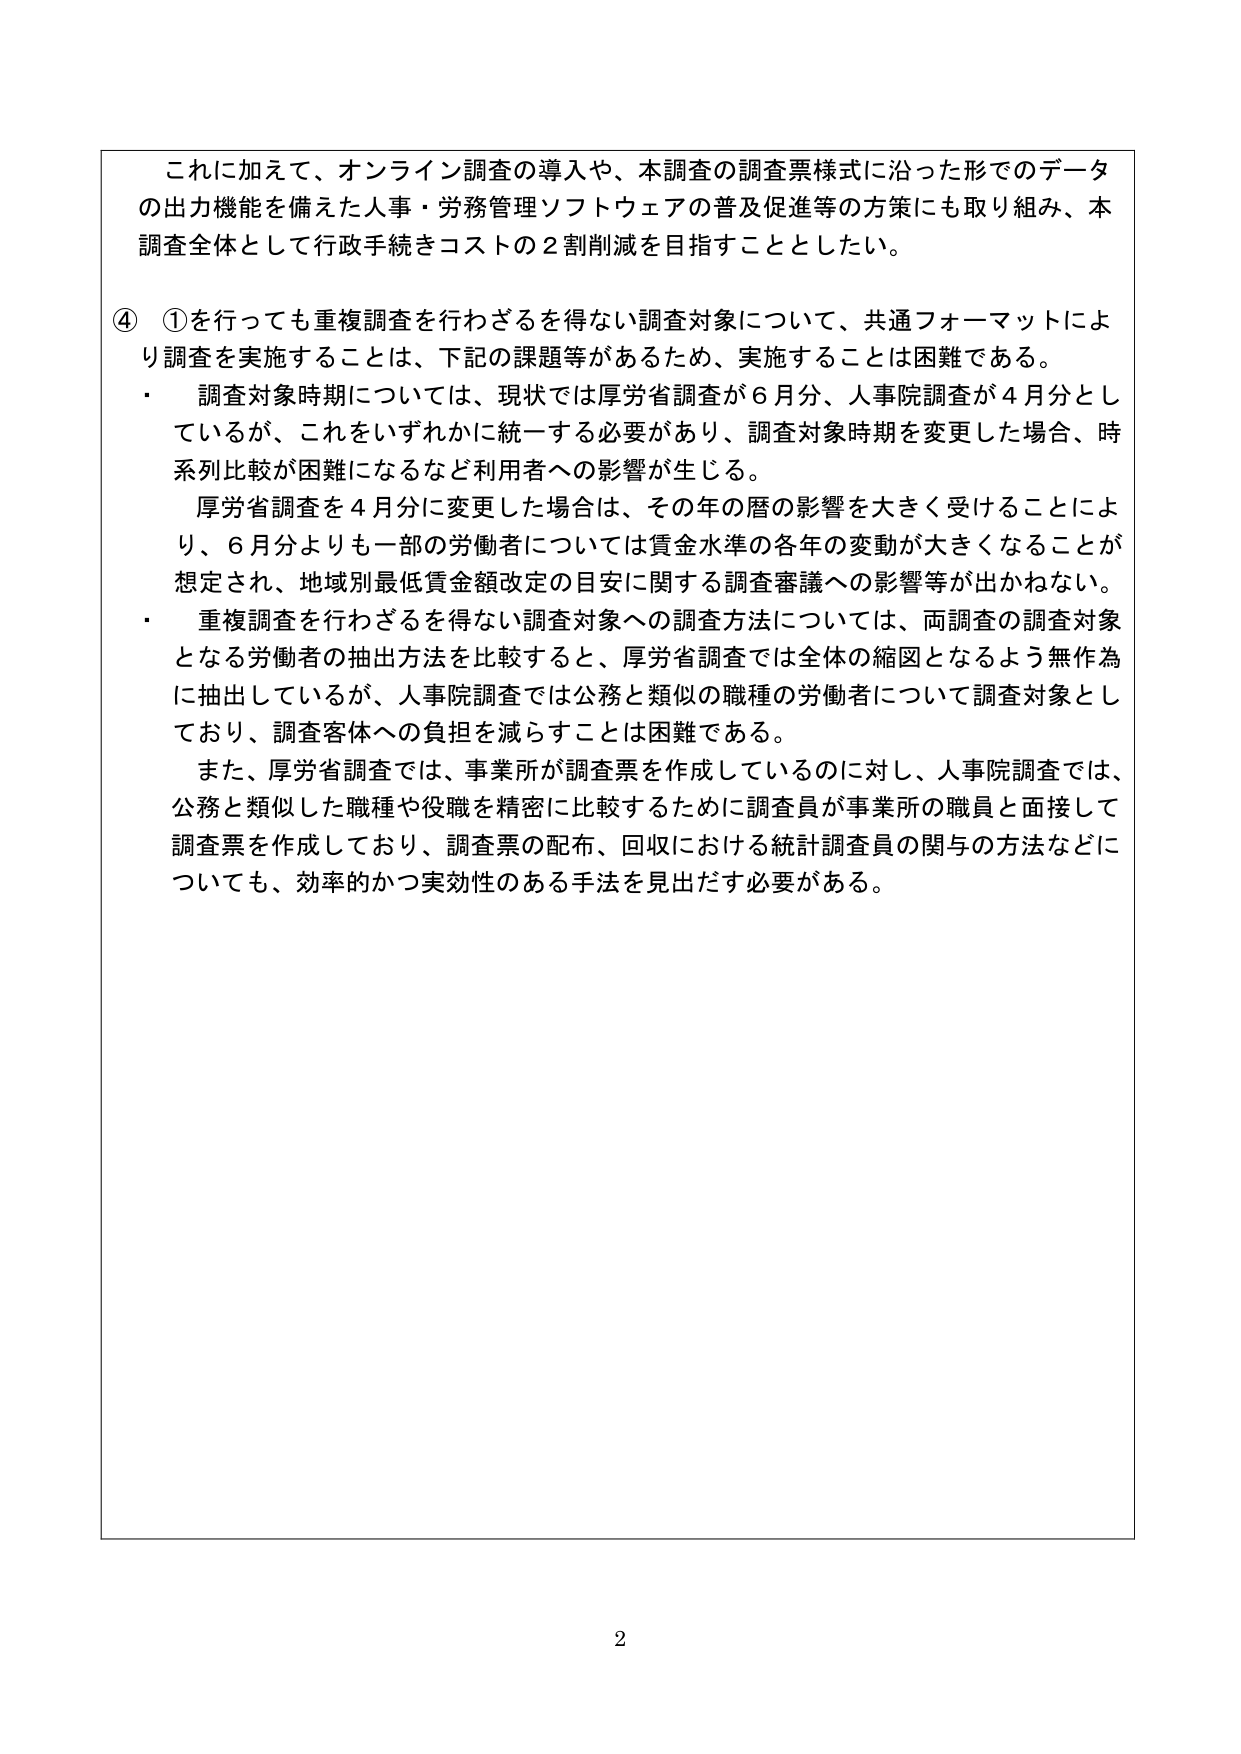
これに加えて、オンライン調査の導入や、本調査の調査票様式に沿った形でのデータの出力機能を備えた人事・労務管理ソフトウェアの普及促進等の方策にも取り組み、本調査全体として行政手続きコストの２割削減を目指すこととしたい。

④ ①を行っても重複調査を行わざるを得ない調査対象について、共通フォーマットにより調査を実施することは、下記の課題等があるため、実施することは困難である。
・ 調査対象時期については、現状では厚労省調査が６月分、人事院調査が４月分としているが、これをいずれかに統一する必要があり、調査対象時期を変更した場合、時系列比較が困難になるなど利用者への影響が生じる。
　厚労省調査を４月分に変更した場合は、その年の暦の影響を大きく受けることにより、６月分よりも一部の労働者については賃金水準の各年の変動が大きくなることが想定され、地域別最低賃金額改定の目安に関する調査審議への影響等が出かねない。
・ 重複調査を行わざるを得ない調査対象への調査方法については、両調査の調査対象となる労働者の抽出方法を比較すると、厚労省調査では全体の縮図となるよう無作為に抽出しているが、人事院調査では公務と類似の職種の労働者について調査対象としており、調査客体への負担を減らすことは困難である。
　また、厚労省調査では、事業所が調査票を作成しているのに対し、人事院調査では、公務と類似した職種や役職を精密に比較するために調査員が事業所の職員と面接して調査票を作成しており、調査票の配布、回収における統計調査員の関与の方法などについても、効率的かつ実効性のある手法を見出だす必要がある。

2